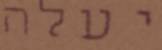
יעלה